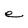
Character: e